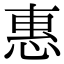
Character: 惠